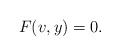
\begin{align*} F(v,y)=0.\end{align*}